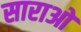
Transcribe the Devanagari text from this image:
साराओ